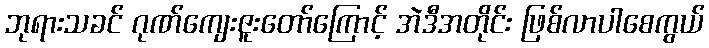
ဘုရားသခင် ဂုဏ်ကျေးဇူးတော်ကြောင့် အဲဒီအတိုင်း ဖြစ်လာပါစေကွယ်